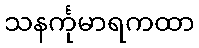
သနင်္ကုမာရကထာ